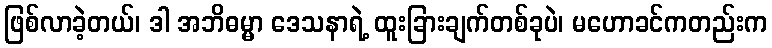
ဖြစ်လာခဲ့တယ်၊ ဒါ အဘိဓမ္မာ ဒေသနာရဲ့ ထူးခြားချက်တစ်ခုပဲ၊ မဟောခင်ကတည်းက